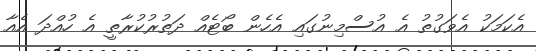
އެކަމަކު އެވަގުތު އެ އުސްމިނުގައި އެހެން ބޯޓެއް ދަތުރުކުރާތީ އެ ހުއްދަ އެއާ